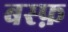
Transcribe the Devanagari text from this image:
बस्फ़